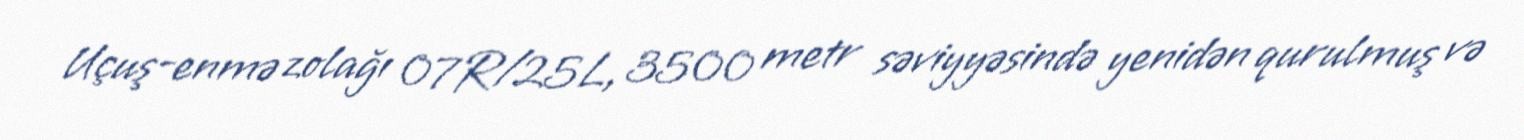
Uçuş-enmə zolağı 07R/25L, 3500 metr səviyyəsində yenidən qurulmuş və